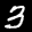
Label: 3